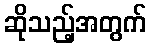
ဆိုသည့်အတွက်